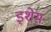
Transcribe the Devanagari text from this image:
इशेम